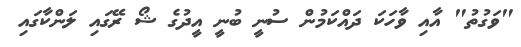
"ވަގުތު" އާއި ވާހަކަ ދައްކަމުން ސުނީ ބުނީ އީދުގެ ޝޯ ރޭގައި ލަންކާގައި